Vaccination in Bombay 1863-1868 - 1863-1868
Year: 1863
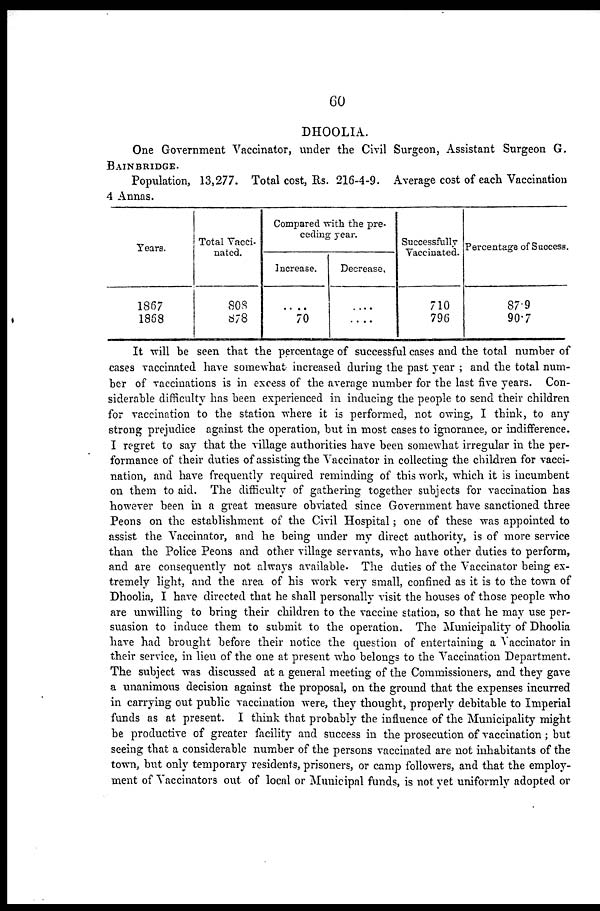
60
DHOOLIA.
One Government Vaccinator, under the Civil Surgeon, Assistant Surgeon G.
BAINBRIDGE.
Population, 13,277. Total cost, Rs. 216-4-9. Average cost of each Vaccination
4 Annas.
Years.
1867
1868
Total Vacci-
nated.
808
878
Compared with the pre-
ceding year.
Increase.
....
70
Decrease.
....
....
Successfully
Vaccinated.
710
796
Percentage of Success.
87.9
90.7
It will be seen that the percentage of successful cases and the total number of
cases vaccinated have somewhat increased during the past year ; and the total num-
ber of vaccinations is in excess of the average number for the last five years. Con-
siderable difficulty has been experienced in inducing the people to send their children
for vaccination to the station where it is performed, not owing, I think, to any
strong prejudice against the operation, but in most cases to ignorance, or indifference.
I regret to say that the village authorities have been somewhat irregular in the per-
formance of their duties of assisting the Vaccinator in collecting the children for vacci-
nation, and have frequently required reminding of this work, which it is incumbent
on them to aid. The difficulty of gathering together subjects for vaccination has
however been in a great measure obviated since Government have sanctioned three
Peons on the establishment of the Civil Hospital; one of these was appointed to
assist the Vaccinator, and he being under my direct authority, is of more service
than the Police Peons and other village servants, who have other duties to perform,
and are consequently not always available. The duties of the Vaccinator being ex-
tremely light, and the area of his work very small, confined as it is to the town of
Dhoolia, I have directed that he shall personally visit the houses of those people who
are unwilling to bring their children to the vaccine station, so that he may use per-
suasion to induce them to submit to the operation. The Municipality of Dhoolia
have had brought before their notice the question of entertaining a Vaccinator in
their service, in lieu of the one at present who belongs to the Vaccination Department.
The subject was discussed at a general meeting of the Commissioners, and they gave
a unanimous decision against the proposal, on the ground that the expenses incurred
in carrying out public vaccination were, they thought, properly debitable to Imperial
funds as at present. I think that probably the influence of the Municipality might
be productive of greater facility and success in the prosecution of vaccination; but
seeing that a considerable number of the persons vaccinated are not inhabitants of the
town, but only temporary residents, prisoners, or camp followers, and that the employ-
ment of Vaccinators out of local or Municipal funds, is not yet uniformly adopted or